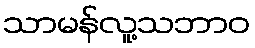
သာမန်လူ့သဘာဝ